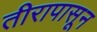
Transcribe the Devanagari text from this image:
तीरापासून